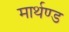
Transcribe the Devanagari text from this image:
मार्थण्ड